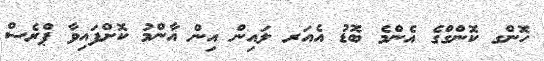
ހޮންގ ކޮންގްގެ އެންމެ ބޮޑު އެއަރ ލައިން އިން އާންމު ކޮށްފައިވާ ޕްރެސް